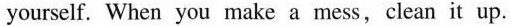
yourself. When you make a mess,clean it up.